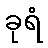
ခုရံ